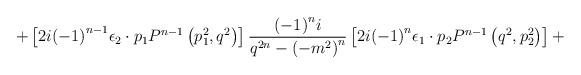
\begin{align*}+ \left[ 2i {\left(-1\right)}^{n-1}{\epsilon}_2 \cdot p_1 P^{n-1} \left(p_1^2,q^2 \right) \right]\frac { {\left(-1\right)}^n i } { q^{2n} - {\left(-m^2 \right)}^n }\left[ 2i{\left(-1\right)}^n {\epsilon}_1 \cdot p_2 P^{n-1} \left(q^2,p_2^2 \right) \right] +\end{align*}